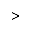
>